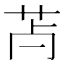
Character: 𦬿